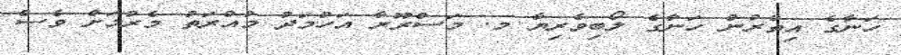
ހަނާގެ އިތުރުން ހަނާގެ ލޯބިވެރިޔާ މ. މަސްރޫރާ އަހުމަދު މުއްރަތު މެރުމަށް ވެސް